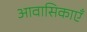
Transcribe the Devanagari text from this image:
आवासिकाएँ